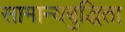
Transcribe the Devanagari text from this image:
सामान्यबुद्धिता